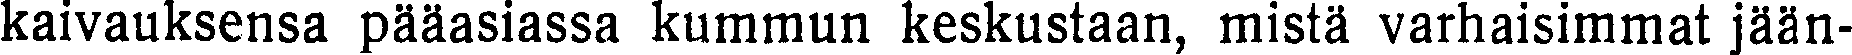
kaivauksensa pääasiassa kummun keskustaan, mistä varhaisimmat jään-